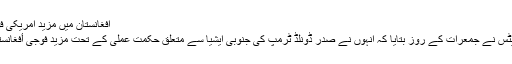
افغانستان میں مزید امریکی فوجی بھیجنے کے حکم نامے پر دستخط - جیو اردو
افغانستان (جیوڈیسک) امریکہ کے وزیر دفاع جم میٹس نے جمعرات کے روز بتایا کہ انہوں نے صدر ڈونلڈ ٹرمپ کی جنوبی ایشیا سے متعلق حکمت عملی کے تحت مزید فوجی أفغانستان بھیجنے کے حکم نامے پر دستخط کر دیے ہیں۔